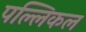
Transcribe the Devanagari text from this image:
पल्लिकल